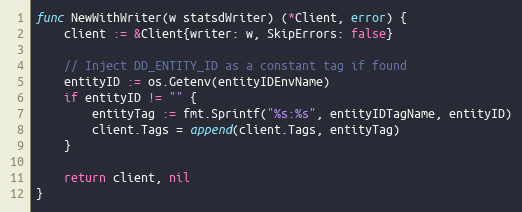
Language: Go
func NewWithWriter(w statsdWriter) (*Client, error) {
	client := &Client{writer: w, SkipErrors: false}

	// Inject DD_ENTITY_ID as a constant tag if found
	entityID := os.Getenv(entityIDEnvName)
	if entityID != "" {
		entityTag := fmt.Sprintf("%s:%s", entityIDTagName, entityID)
		client.Tags = append(client.Tags, entityTag)
	}

	return client, nil
}